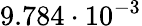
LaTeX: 9.784\cdot 10^{-3}